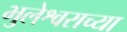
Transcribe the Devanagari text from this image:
भुलेश्वराच्या